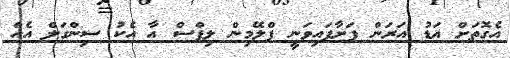
އެގޮތަށް އަޑު އަރަން ފަށާފައިވަނީ ފްލޭމިން ލިޕްސް އާ އެކު ސިންގަލް އެއް